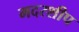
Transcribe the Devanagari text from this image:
मदरशीप